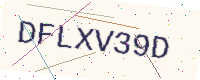
Text: DFLXV39D